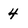
Character: 4